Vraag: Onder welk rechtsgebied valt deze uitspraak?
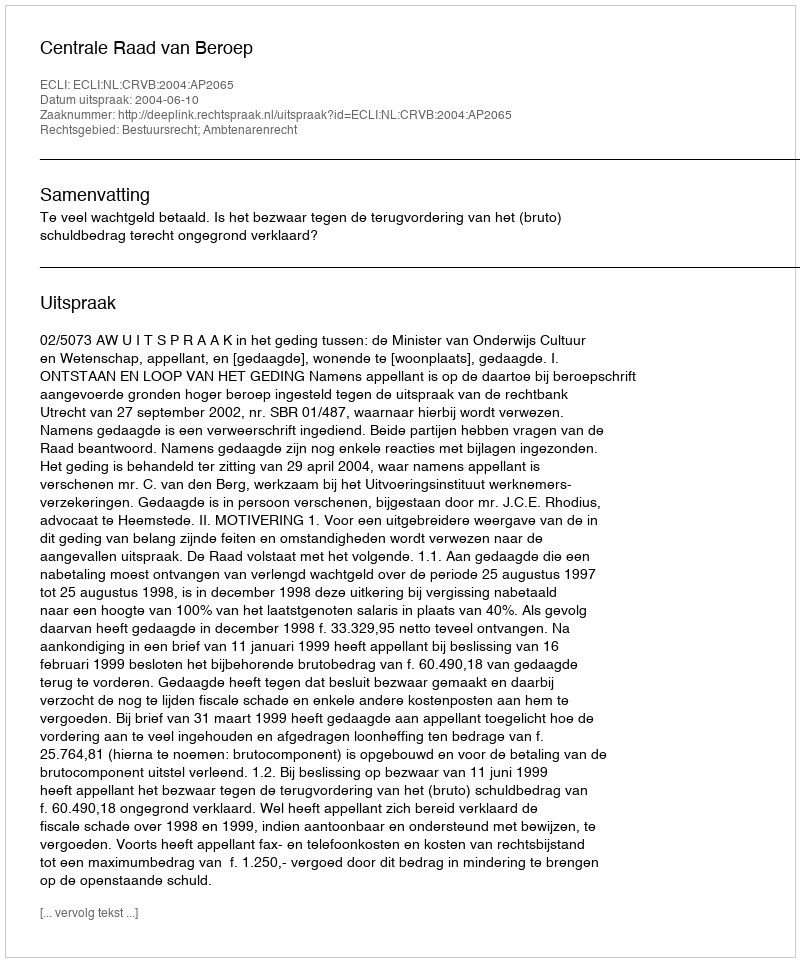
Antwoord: Bestuursrecht; Ambtenarenrecht